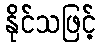
နိုင်သဖြင့်